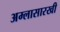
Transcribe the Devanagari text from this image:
अम्लासारखी